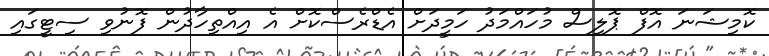
ކޮމިޝަނަ އޮފް ޕޮލިސް މުހައްމަދު ހަމީދަށް އެޑްރެސްކޮށް އެ އިއްތިހާދުން ފޮނުވި ސިޓީގައި